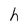
Character: h